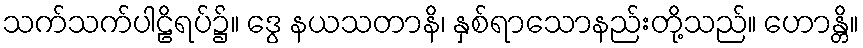
သက်သက်ပါဠိရပ်၌။ ဒွေ နယသတာနိ၊ နှစ်ရာသောနည်းတို့သည်။ ဟောန္တိ။